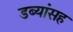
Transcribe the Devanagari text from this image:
डब्यांसह